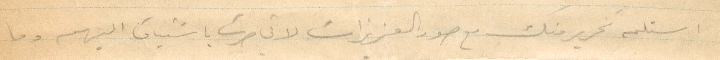
استلم تحرير منك مع صور العزيزات لاني صرت باشتياقي اليهم وما